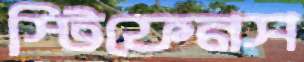
স্টিফেনস